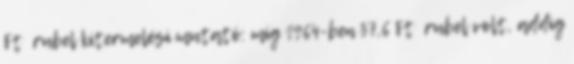
Ft rubel kitermelési mutató: míg 1964-ben 37,6 Ft rubel volt, addig